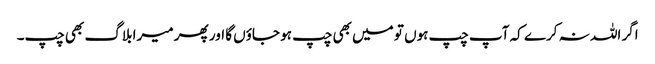
اگر اللہ نہ کرے کہ آپ چپ ہوں تو میں بھی چپ ہو جاؤں گا اور پھر میرا بلاگ بھی چپ۔